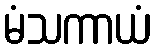
မံသကာယံ